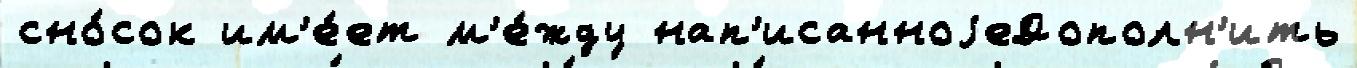
сно́сок им'е́ет м'е́жду нап'исанноjеДополн'ить